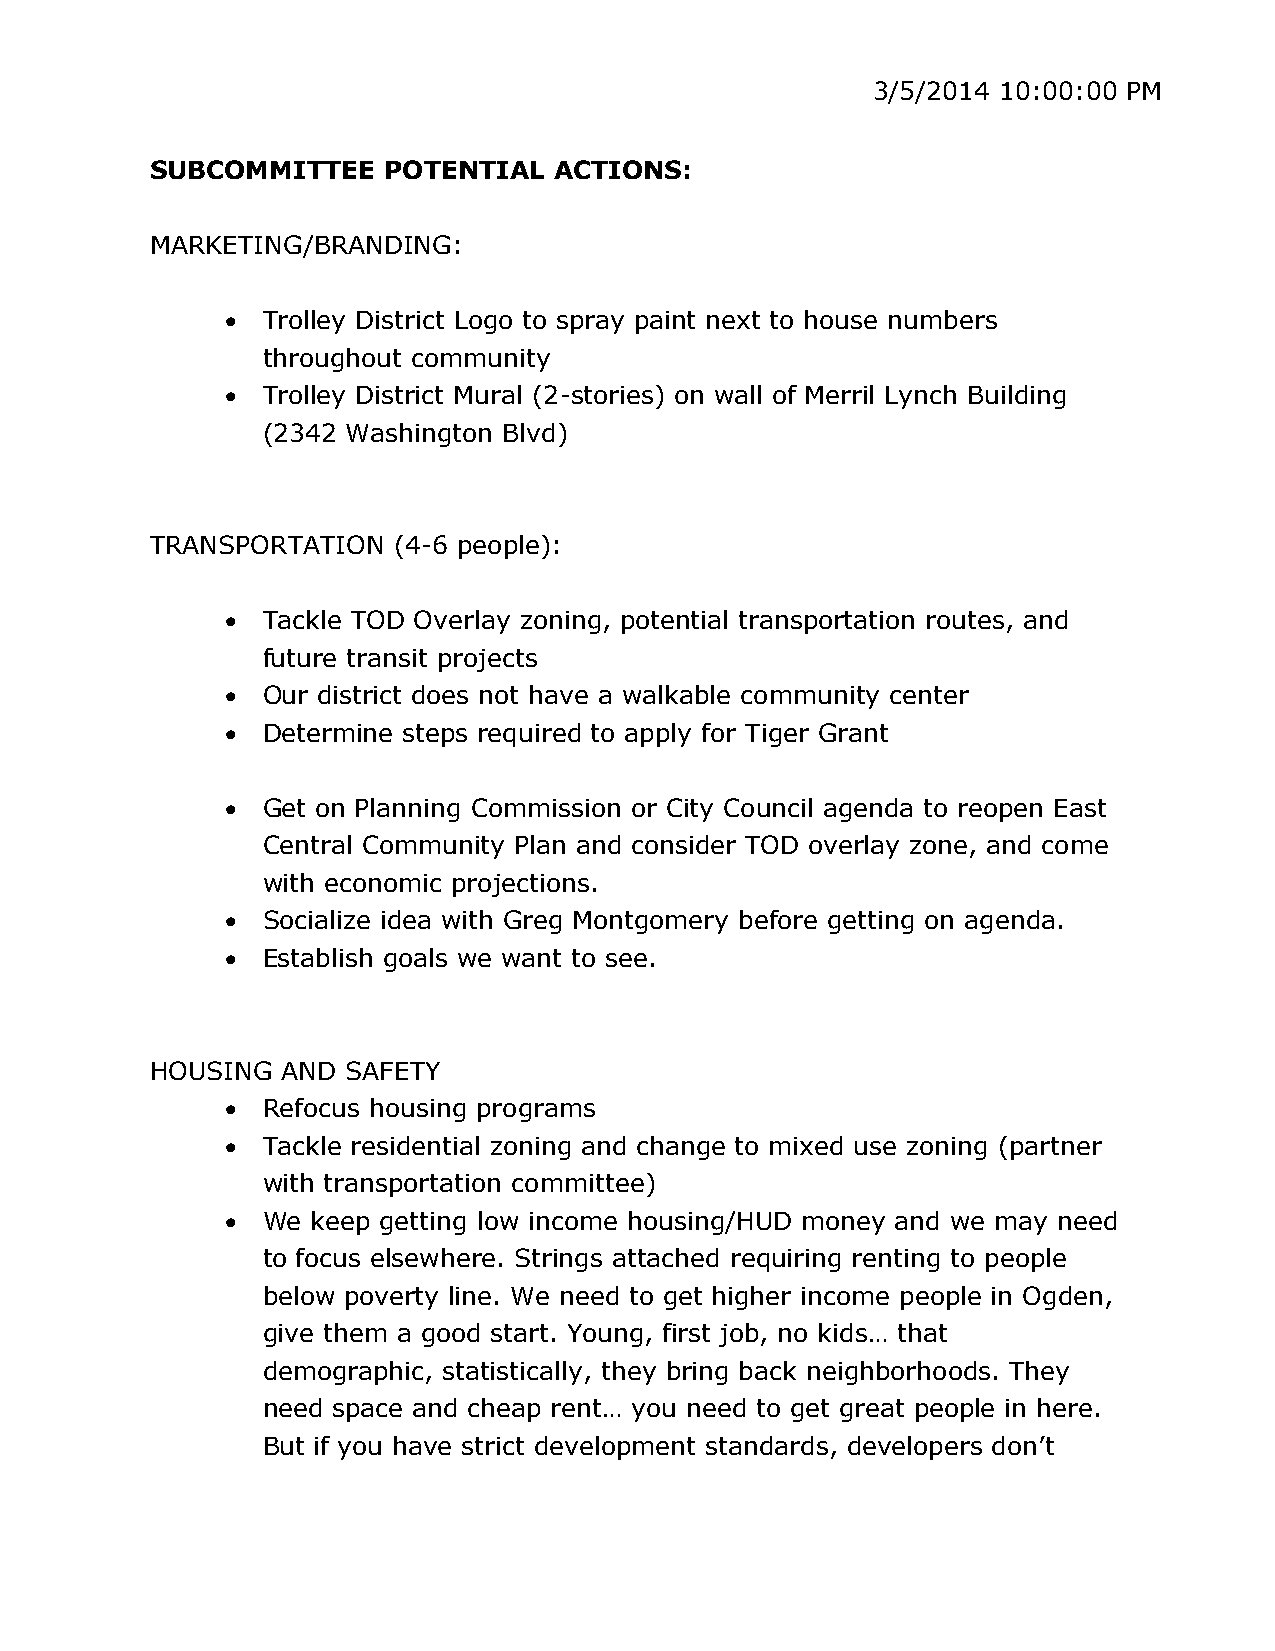
3/5/2014 10:00:00 PM
 SUBCOMMITTEE   POTENTIAL   ACTIONS:
 MARKETING/BRANDING:
  Trolley District Logo to spray paint next to house numbers
 throughout community
  Trolley District Mural (2-stories) on wall of Merril Lynch Building
 (2342 Washington Blvd)
 TRANSPORTATION  (4-6 people):
  Tackle TOD Overlay zoning, potential transportation routes, and
 future transit projects
  Our district does not have a walkable community center
  Determine steps required to apply for Tiger Grant
  Get on Planning Commission or City Council agenda to reopen East
 Central Community Plan and consider TOD overlay zone, and come
 with economic projections.
  Socialize idea with Greg Montgomery before getting on agenda.
  Establish goals we want to see.
 HOUSING  AND SAFETY
  Refocus housing programs
  Tackle residential zoning and change to mixed use zoning (partner
 with transportation committee)
  We  keep getting low income housing/HUD money and we may need
 to focus elsewhere. Strings attached requiring renting to people
 below poverty line. We need to get higher income people in Ogden,
 give them a good start. Young, first job, no kids… that
 demographic, statistically, they bring back neighborhoods. They
 need space and cheap rent… you need to get great people in here.
 But if you have strict development standards, developers don’t